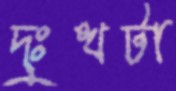
দুঃখটা